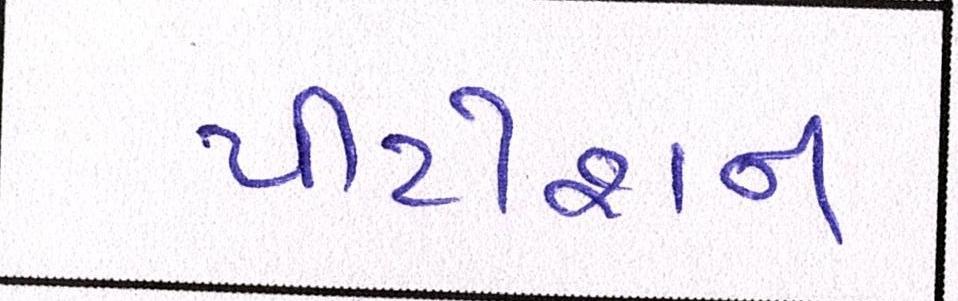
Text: પીટીશન